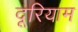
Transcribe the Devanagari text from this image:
दूरियाम